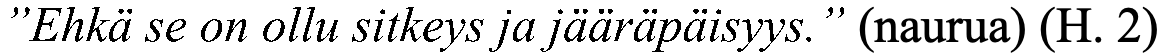
”Ehkä se on ollu sitkeys ja jääräpäisyys.” (naurua) (H. 2)